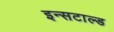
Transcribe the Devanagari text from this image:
इन्सटाल्ड